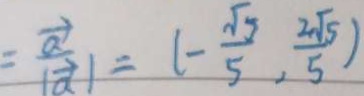
= \frac { \overrightarrow { a } } { \vert \overrightarrow { a } \vert } = ( - \frac { \sqrt { 5 } } { 5 } , \frac { 2 \sqrt { 5 } } { 5 } )